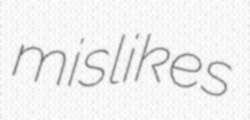
mislikes